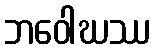
ဘဝေါဃဿ